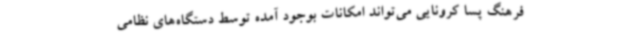
فرهنگ پسا کرونایی می‌تواند امکانات بوجود آمده توسط دستگاه‌های نظامی